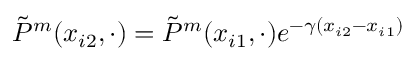
\Tilde { P } ^ { m } ( x _ { i 2 } , \cdot ) = \Tilde { P } ^ { m } ( x _ { i 1 } , \cdot ) e ^ { - \gamma ( x _ { i 2 } - x _ { i 1 } ) }